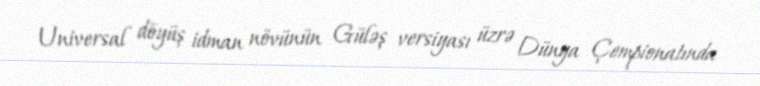
Universal döyüş idman növünün Güləş versiyası üzrə Dünya Çempionatında